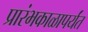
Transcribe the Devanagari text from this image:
प्रारंभकाळापर्यंत